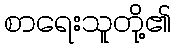
စာရေးသူတို့၏